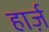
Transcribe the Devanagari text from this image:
हार्ज़